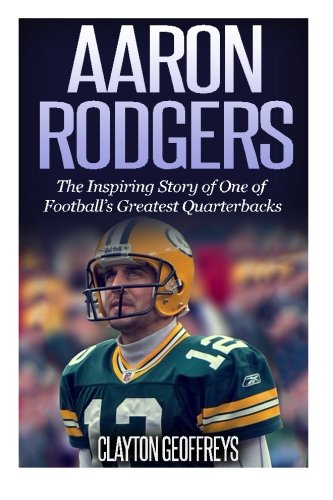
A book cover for Aaron Rodgers: The Inspiring Story of One of Football's Greatest Quarterbacks (Football Biography Books); Clayton Geoffreys; Biographies & Memoirs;